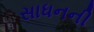
સાધનની